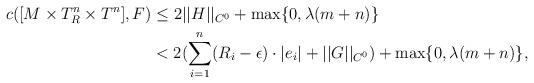
LaTeX: \begin{align*}c([M\times T^n_R\times T^n],F)& \leq 2||H||_{C^0}+\max\{0,\lambda(m+n)\}\\ & <2(\sum_{i=1}^n(R_i-\epsilon)\cdot |e_i|+||G||_{C^0})+\max\{0,\lambda(m+n)\},\end{align*}